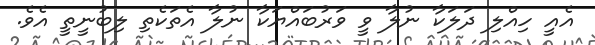
އެއީ ހިއްލި ދަލަކާ ނުލާ ވީ ވަރުބައްޔަކާ ނުލާ އެތަކެތި ލިބުނީތީ އެވެ.